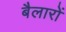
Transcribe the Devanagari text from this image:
बैलारों